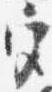
宮